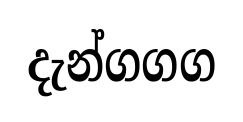
දැන්ගගග